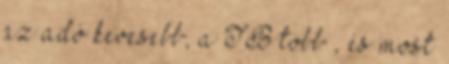
az adó kevesebb, a TB több , és most